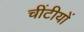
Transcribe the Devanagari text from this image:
चींटीयों